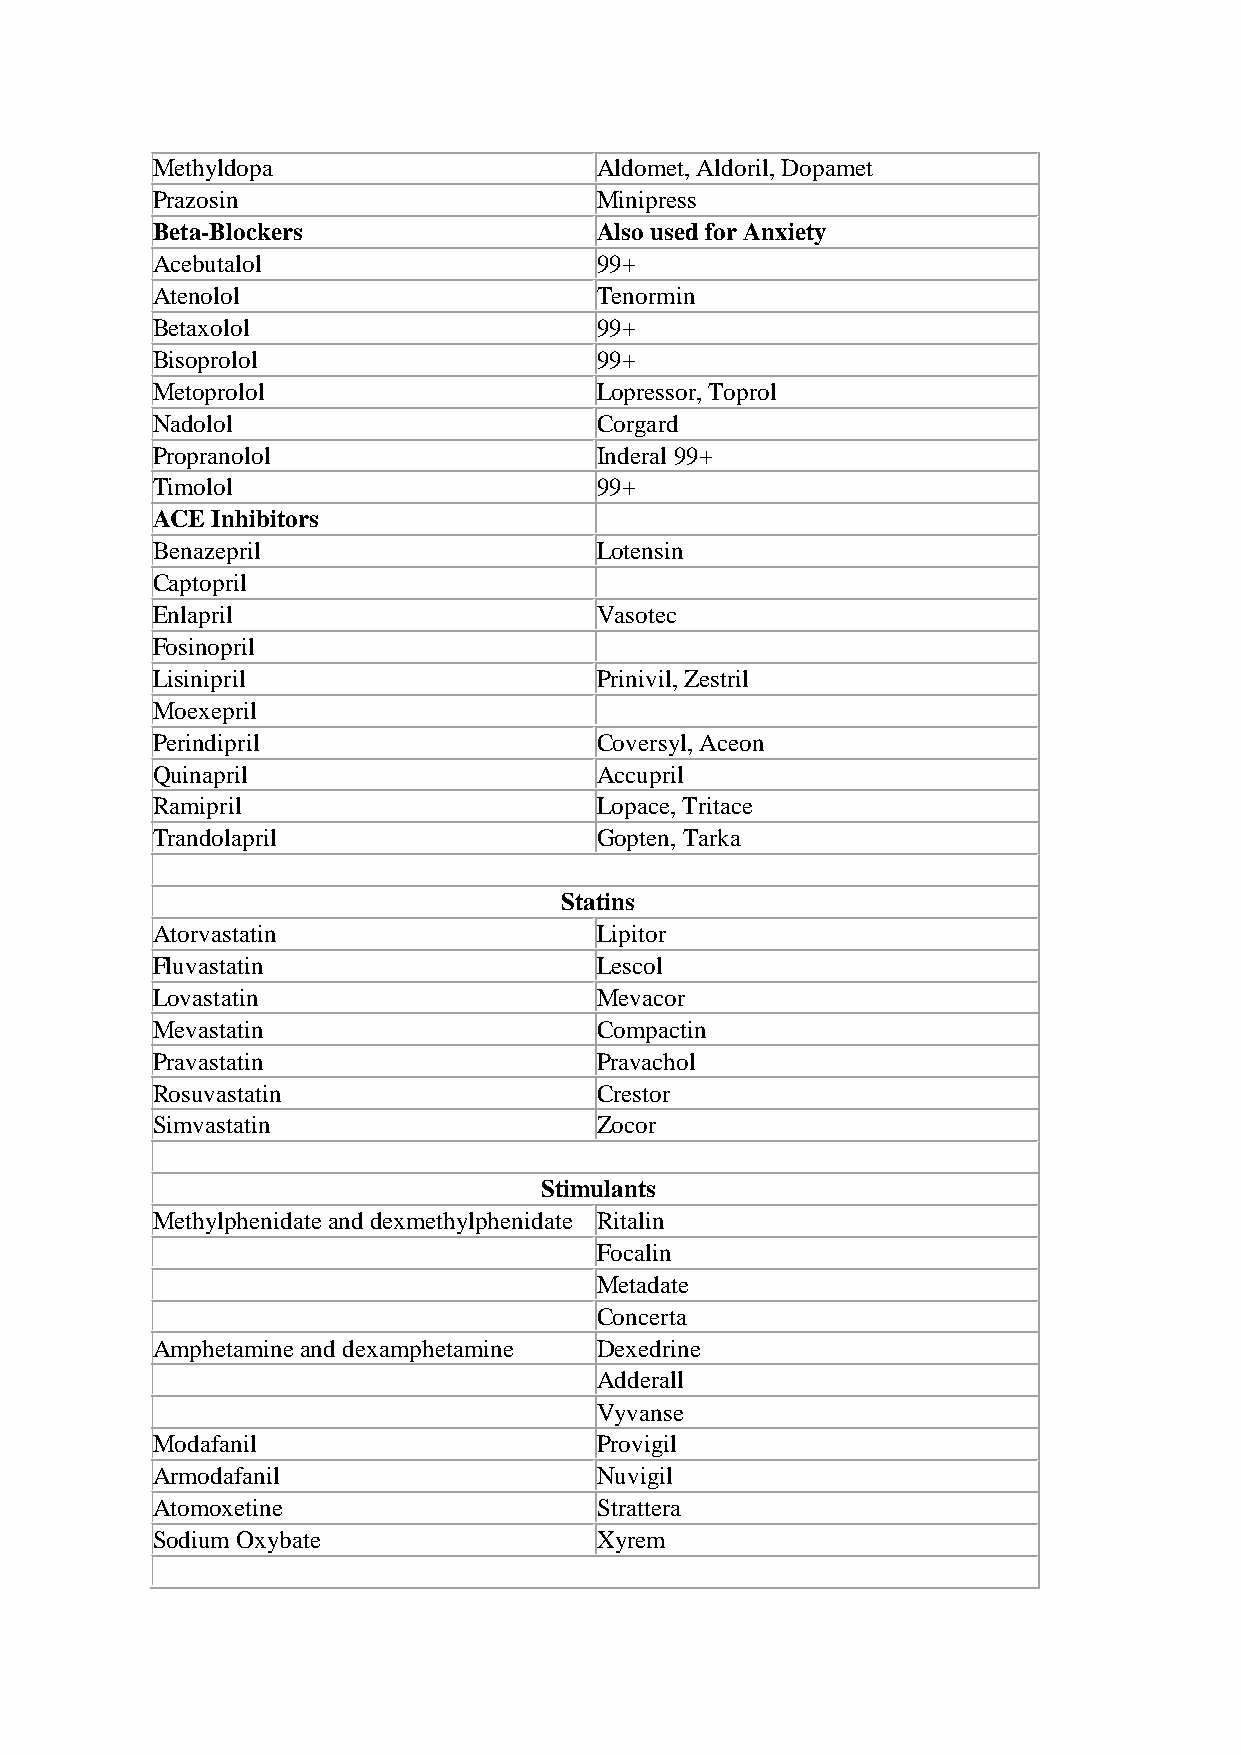
Methyldopa                   Aldomet, Aldoril, Dopamet
 Prazosin                     Minipress
 Beta-Blockers                Also used for Anxiety
 Acebutalol                   99+
 Atenolol                     Tenormin
 Betaxolol                    99+
 Bisoprolol                   99+
 Metoprolol                   Lopressor, Toprol
 Nadolol                      Corgard
 Propranolol                  Inderal 99+
 Timolol                      99+
 ACE Inhibitors
 Benazepril                   Lotensin
 Captopril
 Enlapril                     Vasotec
 Fosinopril
 Lisinipril                   Prinivil, Zestril
 Moexepril
 Perindipril                  Coversyl, Aceon
 Quinapril                    Accupril
 Ramipril                     Lopace, Tritace
 Trandolapril                 Gopten, Tarka
 Statins
 Atorvastatin                 Lipitor
 Fluvastatin                  Lescol
 Lovastatin                   Mevacor
 Mevastatin                   Compactin
 Pravastatin                  Pravachol
 Rosuvastatin                 Crestor
 Simvastatin                  Zocor
 Stimulants
 Methylphenidate and dexmethylphenidate Ritalin
 Focalin
 Metadate
 Concerta
 Amphetamine and dexamphetamine Dexedrine
 Adderall
 Vyvanse
 Modafanil                    Provigil
 Armodafanil                  Nuvigil
 Atomoxetine                  Strattera
 Sodium Oxybate               Xyrem